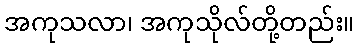
အကုသလာ၊ အကုသိုလ်တို့တည်း။